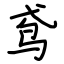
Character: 鸢